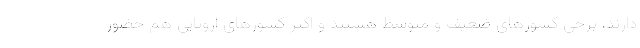
دارند، برخی کشورهای ضعیف و متوسط هستند و اکثر کشورهای اروپایی هم حضور